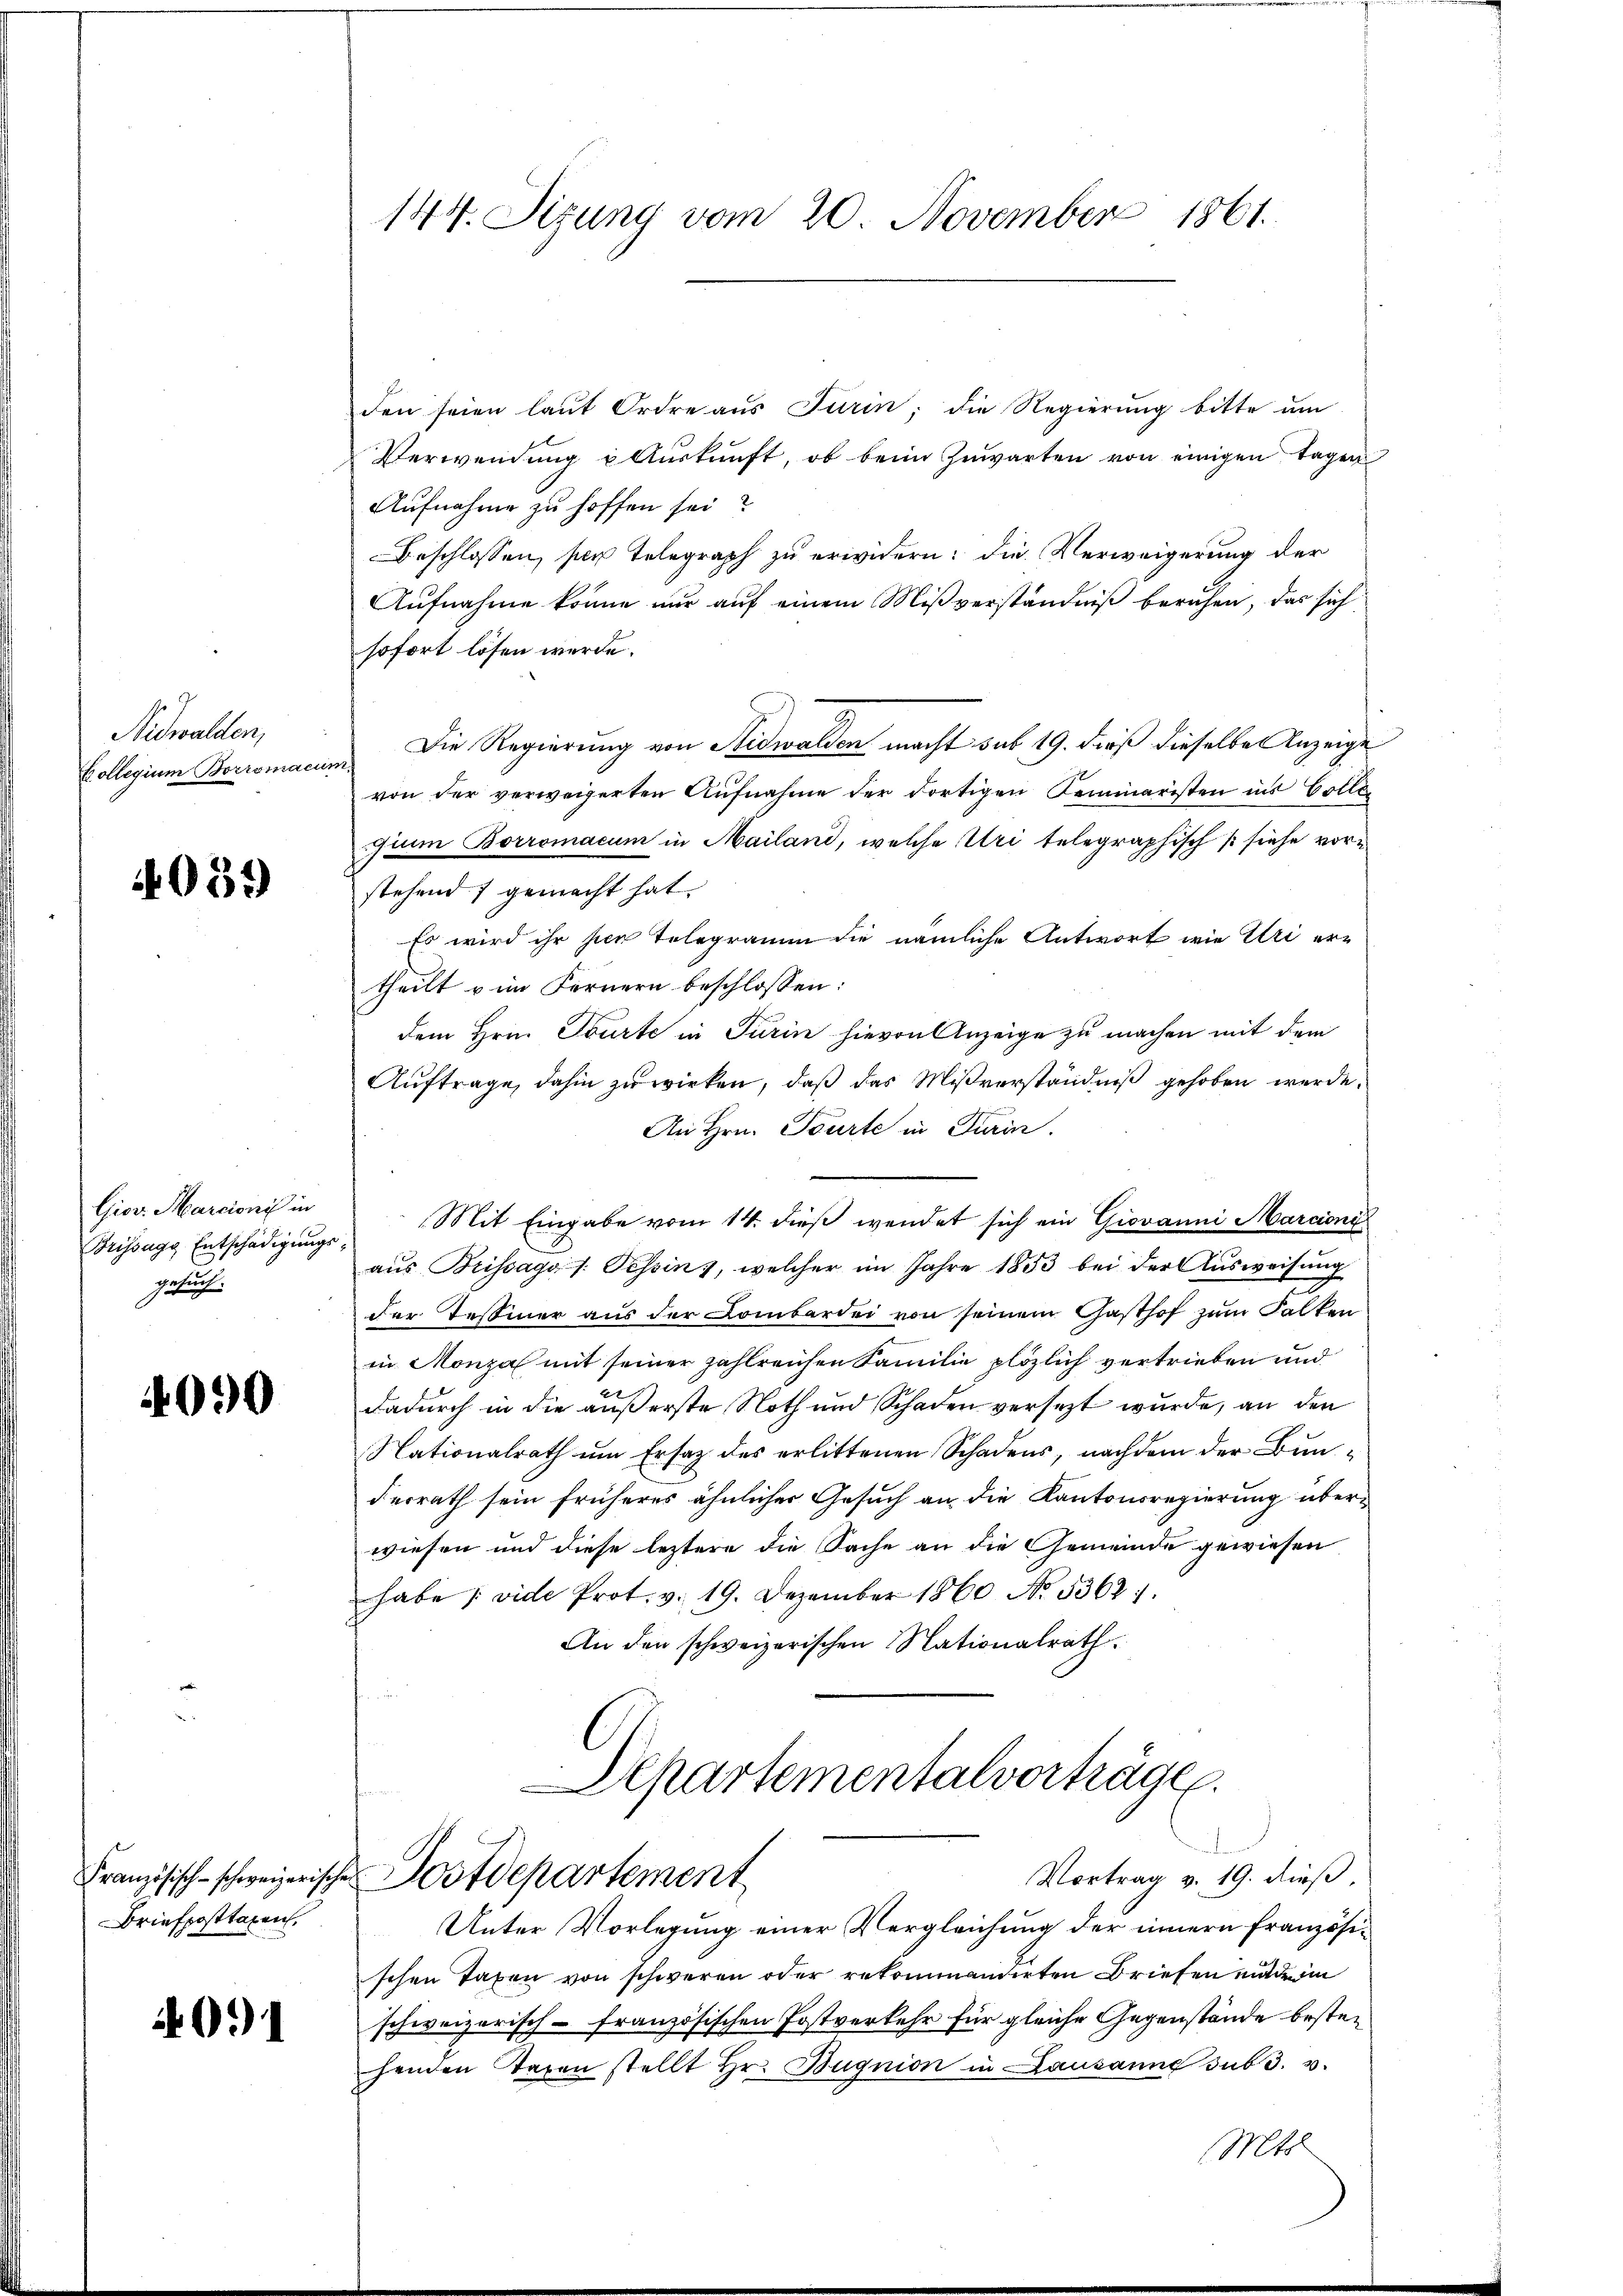
Nidwalden,
Collegium Borromae

4059

Gior. Marcioni in
Brissagg Entschädigungs
gesuch.

4090

Französisch-schweizerische
Briefposttaxen,

4021

144. Sizung vom 20. November 1861.

den seien laut Ordre aus Turin; die Regierung bitte um
Verwendung u Aŭskŭnft, ob beim Zuwarten von einigen tagen
Aufnahme zu hoffen sei?
Beschlossen, so Telegraph zu erwidern: die Verweigerung der
Aufnahme könne nur auf einem Mißverständniß beruhen, das sich
sofort lösen werde.
Die Regierung von Nidwalden macht sub 19. dieß dieselbe Anzeige
von der verweigerten Aŭfnahme der dortigen Seminaristen ins Colle
gium Borromacum in Mailand, welche Uri telegraphisch (siehe vorstehend gemacht hat.
Es wird ihr sien Telegramm die nämliche Antwort wie Uri ertheilt u im Fernern beschlossen:
dem Hrn. Tourte in Turin hievon Anzeige zu machen mit dem
Auftrage, dahin zu wirken, daß das Mißverständniß gehoben werde.
An Hrn. Tourte in Turin.
Mit Eingabe vom 14. dieß wendet sich ein Giovanni Marcioni
c
aus Brissago s. Tessin, welcher im Jahre 1853 bei der Ausweisung
der Tessiner aus der Lombardei von seinem Gasthof zum Kalten
in Monzal mit seiner zahlreichen Familie plözlich vertrieben und
dadurch in die äußerste Noth und Schaden versezt wurde, an den
Nationalrath um Ersatz des erlittenen Schadens, nachdem der Bunderrath sein früheres ähnlicher Gesuch an die Kantonsregierung überwiesen und diese leztere die Sache an die Gemeinde gewiesen
habe (vide Prot. v. 19. Dezember 1860 No. 53621.
An den schweizerischen Nationalrath.
Departementalverträge.

d
Vortrag v. 19. dieß,
Postdepartement

Unter Vorlegung einer Vergleichung der innern französischen Taxen von schweren oder rekommandirten Briefen mit im
schweizerisch-französischen Postverkehr für gleiche Gegenstände bestehenden Waren stellt Hr. Bügnion in Lausanne sub 3. v.
Mts